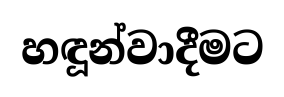
හඳූන්වාදීමට